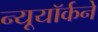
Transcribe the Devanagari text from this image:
न्यूयॉर्कने